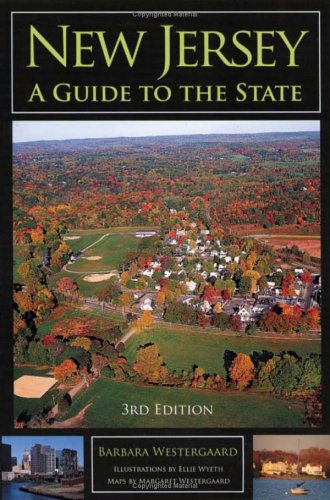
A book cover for New Jersey: A Guide to the State; Barbara Westergaard; Travel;